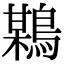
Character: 𪃏